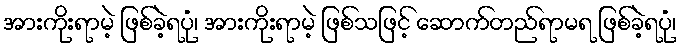
အားကိုးရာမဲ့ ဖြစ်ခဲ့ရပုံ၊ အားကိုးရာမဲ့ ဖြစ်သဖြင့် ဆောက်တည်ရာမရ ဖြစ်ခဲ့ရပုံ၊